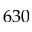
6 3 0